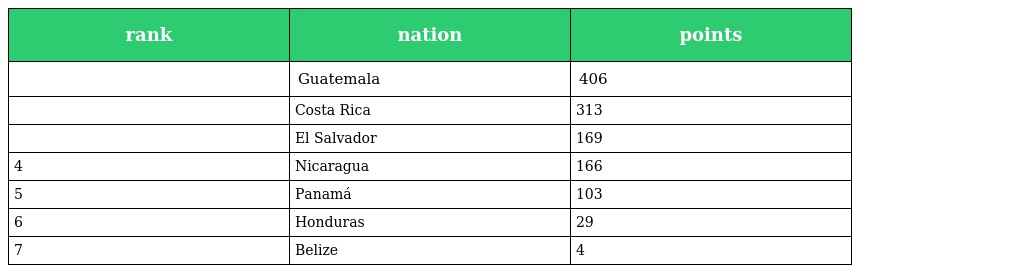
| rank | nation | points |
 | --- | --- | --- |
 |  | Guatemala | 406 |
 |  | Costa Rica | 313 |
 |  | El Salvador | 169 |
 | 4 | Nicaragua | 166 |
 | 5 | Panamá | 103 |
 | 6 | Honduras | 29 |
 | 7 | Belize | 4 |